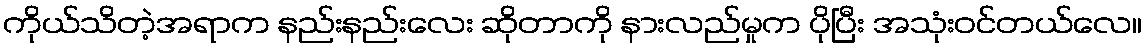
ကိုယ်သိတဲ့အရာက နည်းနည်းလေး ဆိုတာကို နားလည်မှုက ပိုပြီး အသုံးဝင်တယ်လေ။